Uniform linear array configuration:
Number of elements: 48
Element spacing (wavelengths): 0.5
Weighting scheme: exponential
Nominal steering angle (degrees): -45
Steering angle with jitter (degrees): -43.1
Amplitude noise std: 0.05
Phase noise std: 0.05

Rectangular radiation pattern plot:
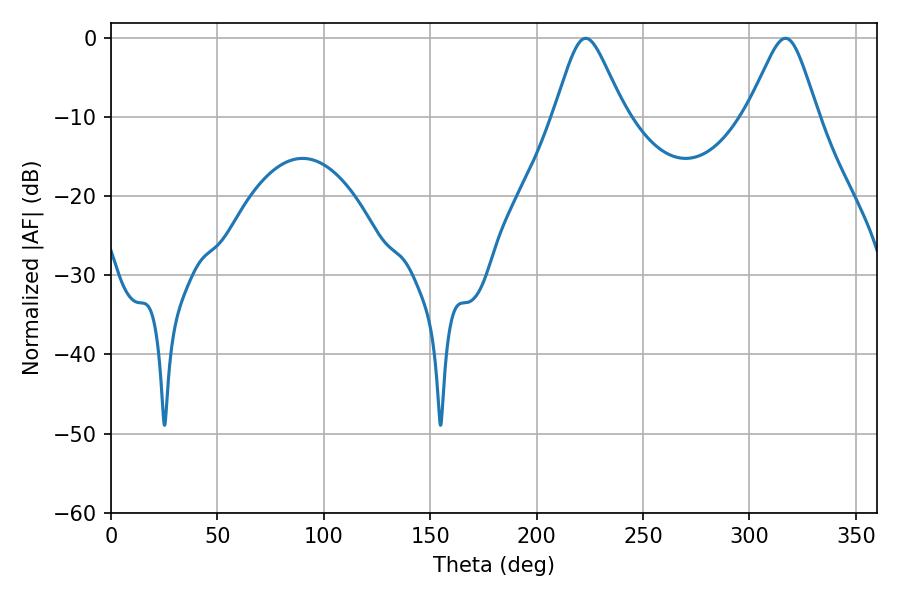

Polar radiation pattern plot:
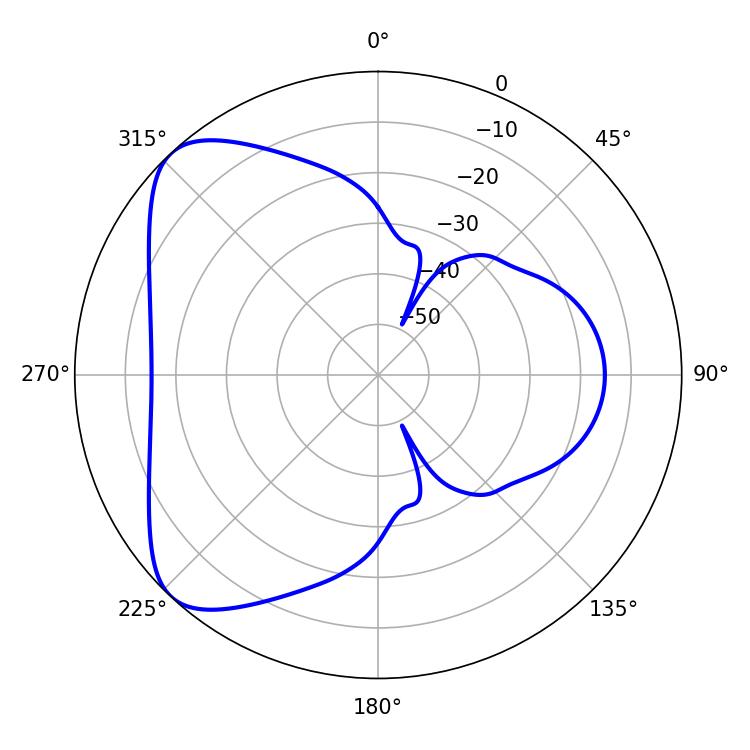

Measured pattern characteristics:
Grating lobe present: FALSE
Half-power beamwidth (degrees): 15.84
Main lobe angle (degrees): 223.02